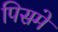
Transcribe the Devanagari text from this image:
पिसमे